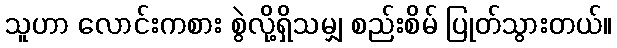
သူဟာ လောင်းကစား စွဲလို့ရှိသမျှ စည်းစိမ် ပြုတ်သွားတယ်။